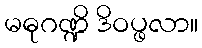
မဓုဂဏ္ဍိ ဒိဝပ္ဖလာ။